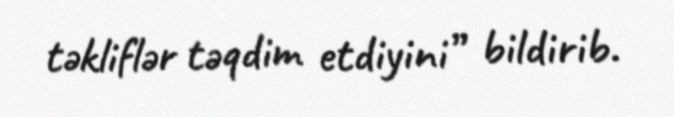
təkliflər təqdim etdiyini” bildirib.